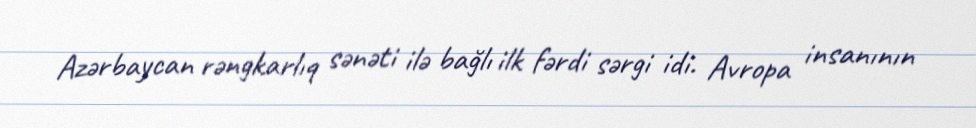
Azərbaycan rəngkarlıq sənəti ilə bağlı ilk fərdi sərgi idi. Avropa insanının